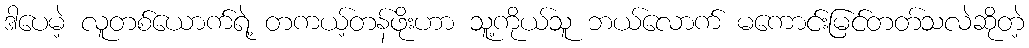
ဒါပေမဲ့ လူတစ်ယောက်ရဲ့ တကယ့်တန်ဖိုးဟာ သူ့ကိုယ်သူ ဘယ်လောက် မကောင်းမြင်တတ်သလဲဆိုတဲ့